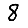
Digit: 8